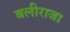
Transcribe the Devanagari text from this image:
बलीराजा